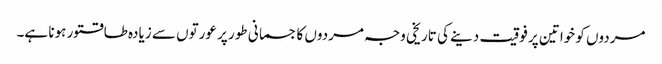
مردوں کو خواتین پر فوقیت دینے کی تاریخی وجہ مردوں کا جسمانی طور پر عورتوں سے زیادہ طاقتور ہونا ہے۔